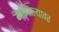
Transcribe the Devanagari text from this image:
मागितल्यावर